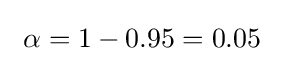
\ \alpha =1-0.95=0.05\